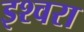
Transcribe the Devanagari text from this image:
इश्वरा